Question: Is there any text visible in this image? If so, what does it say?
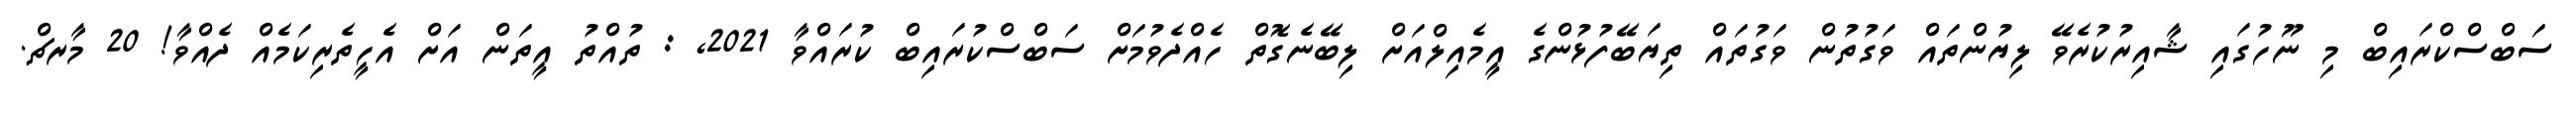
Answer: ސަބްސްކްރައިބް މި ނޫހުގައި ޝާއިރުކުރެވޭ ލިޔުންތައް ވަގުތުން ވަގުތައް ތިޔަބޭފުޅުންގެ އީމެއިލްއަށް ލިބޭނެގޮތް ހެއްދެވުމަށް ސަބްސްކުރައިބް ކުރައްވާ 2021, : ތުއްތު އީތަން އަށް އެހީތެރިކަމެއް ދެއްވާ! 20 މާރޗް.